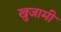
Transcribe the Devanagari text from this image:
खुजामी